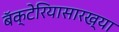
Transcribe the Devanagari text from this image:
बॅक्टेरियासारख्या